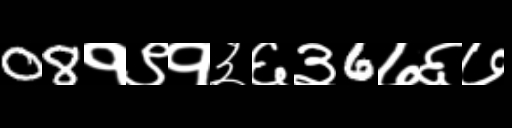
Text: 08१९१३६३6७६७